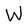
Character: W